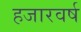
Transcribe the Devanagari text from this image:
हजारवर्ष